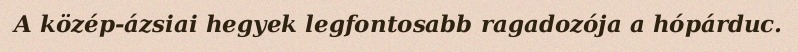
A közép-ázsiai hegyek legfontosabb ragadozója a hópárduc.